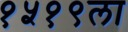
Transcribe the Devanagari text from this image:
१५१९ला